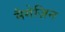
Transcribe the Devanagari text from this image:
मैगेज़िन